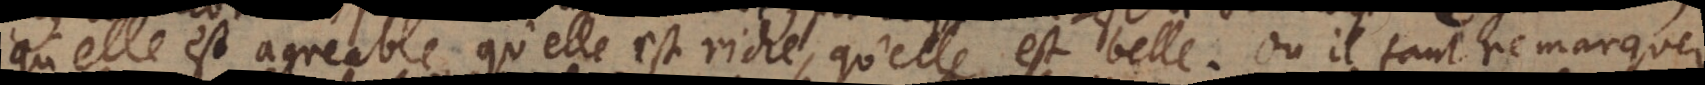
qu’elle est agreable, qu’elle est riche, qu’elle est belle. Où il faut remarquer